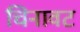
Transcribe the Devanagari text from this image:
चिनावट